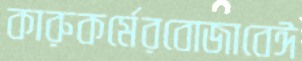
কারুকর্মেরবোজাবেঈ